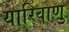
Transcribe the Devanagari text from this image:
यारिवाणु